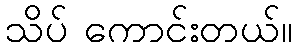
သိပ် ကောင်းတယ်။